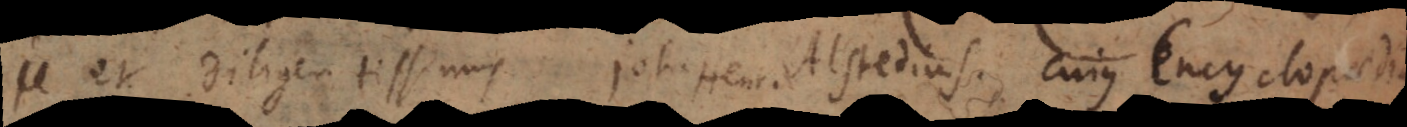
s, et diligentissimus Joh. Henr. Alstedius, cujus Encyclopaed